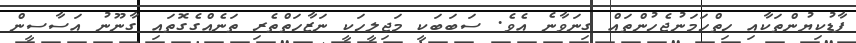
ފާޑުކިޔުންތަކާއި ހިތްހަމަނުޖެހުންތައް ގިނަވާނެ އެވެ. ސަބަބަކީ މަޖިލީހަކީ ނަޒާހަތްތެރި ތަނެއްގެގޮތައި ގާނޫނު އަސާސީން